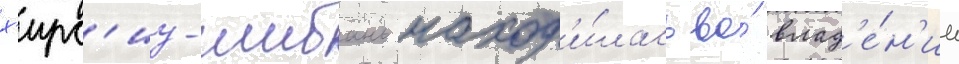
х'ирс'из-шибань наход'и́лась во́ влад'е́н'ии